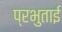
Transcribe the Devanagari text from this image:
प्रभुताई